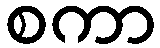
စကာ